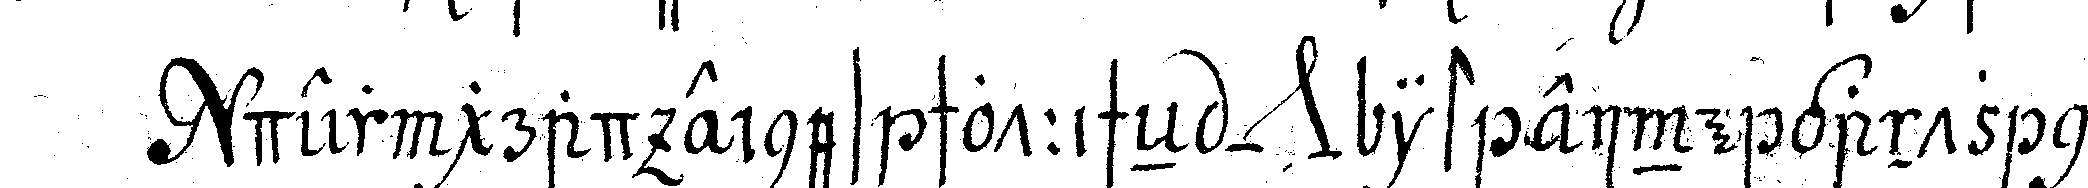
der grad eines schottischeN *nee* ist eine gantz neue